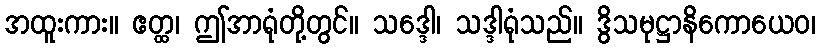
အထူးကား။ ဧတ္ထ၊ ဤအာရုံတို့တွင်။ သဒ္ဒေါ၊ သဒ္ဒါရုံသည်။ ဒွိသမုဋ္ဌာနိကောယေဝ၊